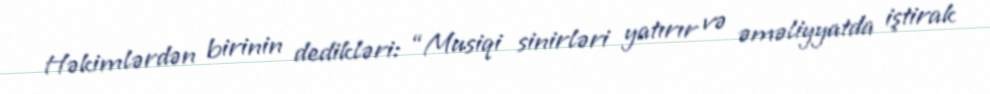
Həkimlərdən birinin dedikləri: “Musiqi sinirləri yatırır və əməliyyatda iştirak